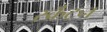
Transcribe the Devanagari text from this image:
स्क्रॅंटन